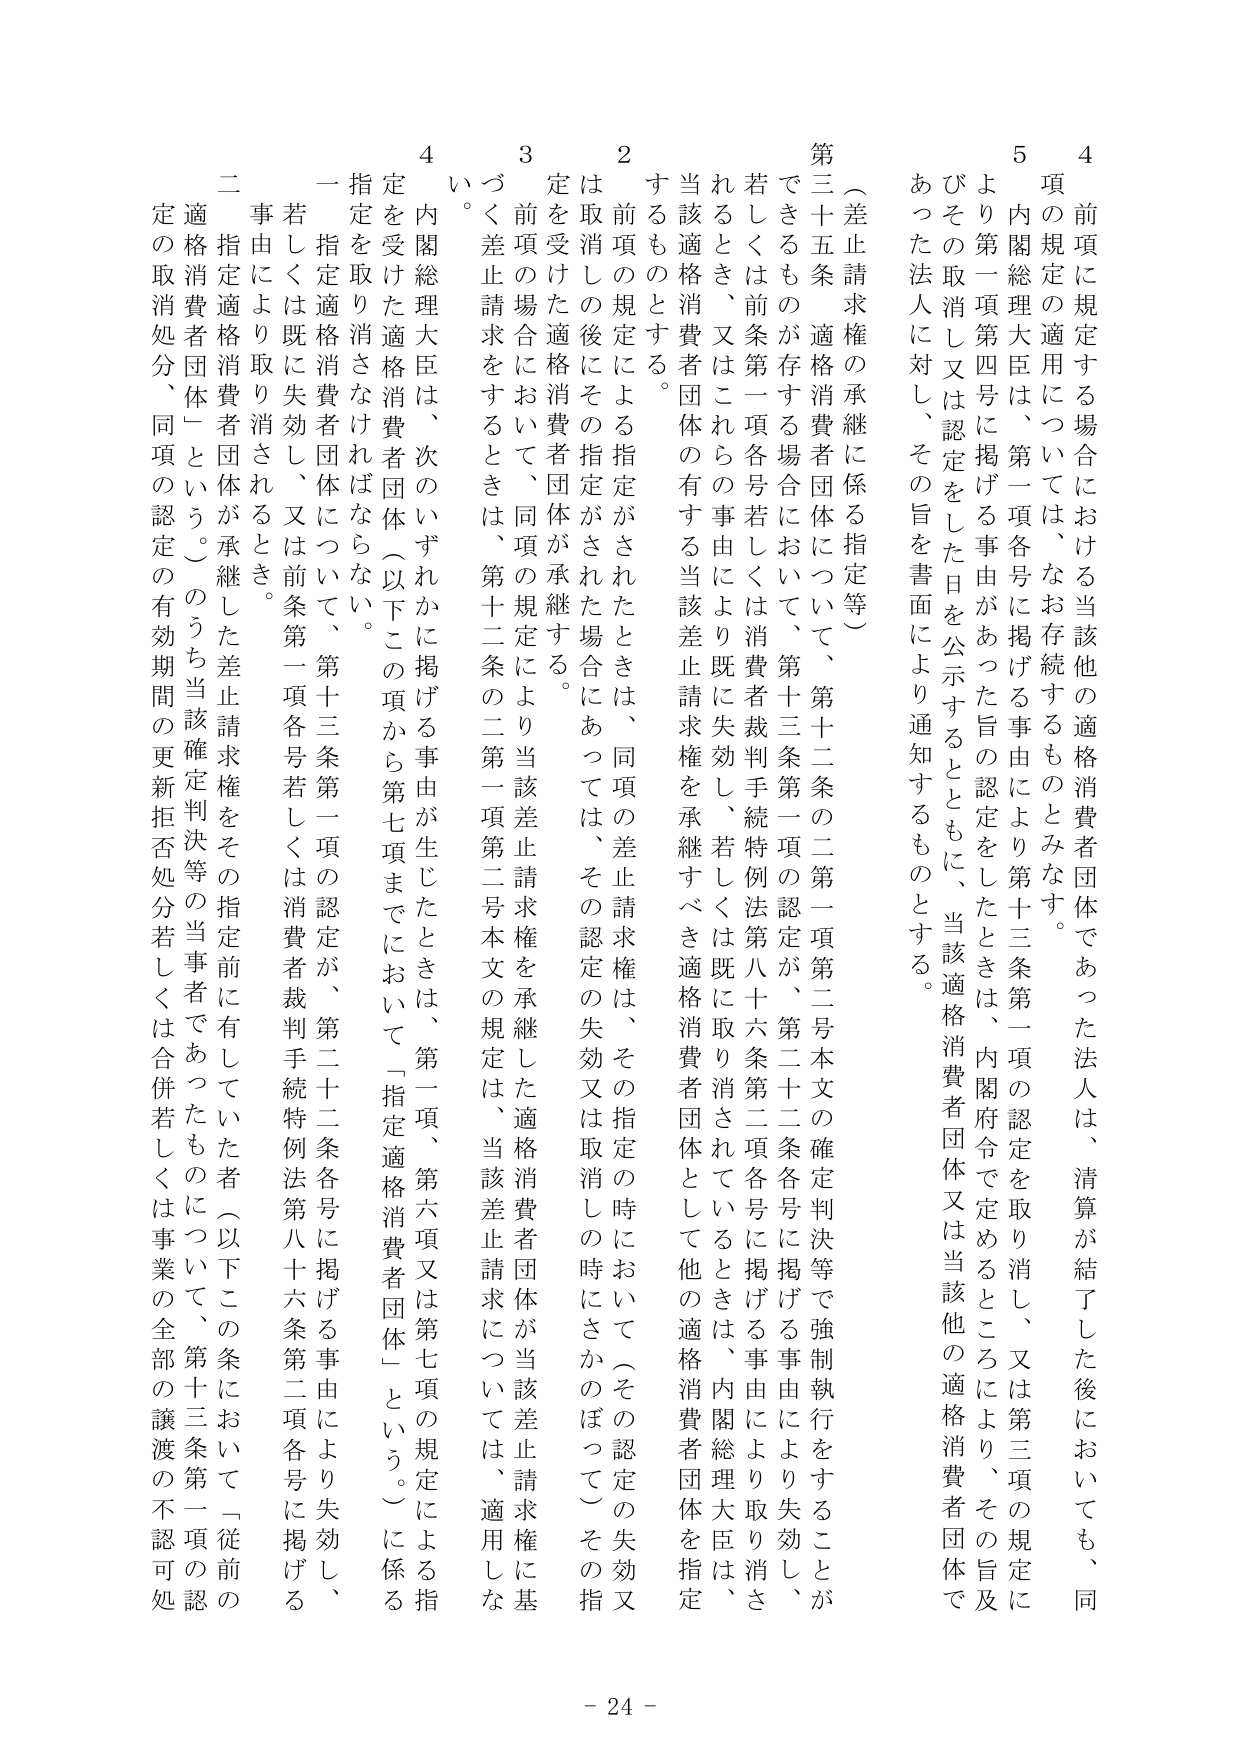
（差止請求権の承継に係る指定等）

第三十五条 適格消費者団体について、第十二条の二第一項第二号本文の確定判決等で強制執行をすることができるものが存する場合において、第十三条第一項の認定が、第二十二条各号に掲げる事由により失効し、若しくは前条第一項各号若しくは消費者裁判手続特例法第八十六条第二項各号に掲げる事由により取り消されるとき、又はこれらの事由により既に失効し、若しくは既に取り消されているときは、内閣総理大臣は、当該適格消費者団体の有する当該差止請求権を承継すべき適格消費者団体として他の適格消費者団体を指定するものとする。

２ 前項の規定による指定がされたときは、同項の差止請求権は、その指定の時において（その認定の失効又は取消しの後にその指定がされた場合にあっては、その認定の失効又は取消しの時にさかのぼって）その指定を受けた適格消費者団体が承継する。

３ 前項の場合において、同項の規定により当該差止請求権を承継した適格消費者団体が当該差止請求について、適用しない。

４ 内閣総理大臣は、次のいずれかに掲げる事由が生じたときは、第一項、第六項又は第七項の規定による指定を受けた適格消費者団体（以下この項から第七項までにおいて「指定適格消費者団体」という。）に係る指定を取り消さなければならない。

一 指定適格消費者団体について、第十三条第一項の認定が、第二十二条各号に掲げる事由により失効し、又は前条第一項各号若しくは消費者裁判手続特例法第八十六条第二項各号に掲げる事由により取り消されるとき。

二 指定適格消費者団体が承継した差止請求権をその指定前に有していた者（以下この条において「従前の適格消費者団体」という。）のうち当該確定判決等の当事者であったものについて、第十三条第一項の認定の取消処分、同項の認定の有効期間の更新拒否処分若しくは合併若しくは事業の全部の譲渡の不認可処分がなされたとき。

４ 前項に規定する場合における当該他の適格消費者団体であった法人は、清算が終了した後においても、同項の規定の適用については、なお存続するものとみなす。

５ 内閣総理大臣は、第一項各号に掲げる事由により第十三条第一項の認定を取り消し、又は第三項の規定により第一項第四号に掲げる事由があった旨の認定をしたときは、内閣府令で定めるところにより、その旨及びその取消し又は認定をした日を公示するとともに、当該適格消費者団体又は当該他の適格消費者団体であった法人に対し、その旨を書面により通知するものとする。

- 24 -